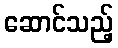
ဆောင်သည့်